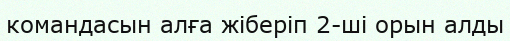
командасын алға жіберіп 2-ші орын алды